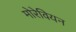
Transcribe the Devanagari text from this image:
मोरेवियन